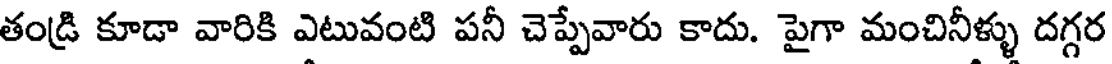
తండ్రి కూడా వారికి ఎటువంటి పనీ చెప్పేవారు కాదు. పైగా మంచినీళ్ళు దగ్గర